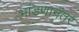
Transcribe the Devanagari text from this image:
भांडणानंतर